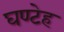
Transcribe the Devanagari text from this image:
घण्टेह